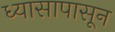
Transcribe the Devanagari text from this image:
ध्यासापासून